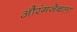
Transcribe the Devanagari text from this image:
औरंगजेबला